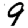
Digit: 9